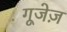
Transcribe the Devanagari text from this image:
गूजेज़